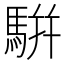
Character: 騈